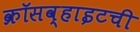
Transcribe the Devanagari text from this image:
क्रॉसव्हाइटची